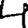
Digit: 4